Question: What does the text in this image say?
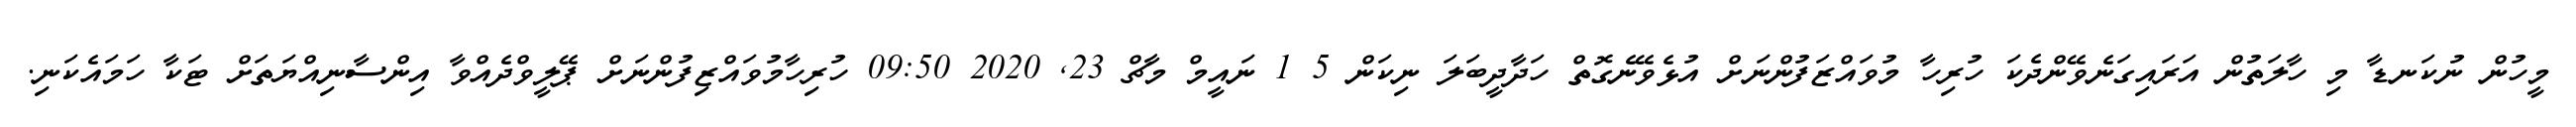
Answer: މީހުން ނުކަނޑާ މި ހާލަތުން އަރައިގަނެވޭންދެކަ ހުރިހާ މުވައްޒަފުންނަށް އުޅެވޭނެގޮތް ހަދާދީބަލަ ނިކަން 5 1 ނައީމް މާޗް 23, 2020 09:50 ހުރިހާމުވައްޒިފުންނަށް ޕޭލީވްދެއްވާ އިންސާނިއްޔަތަށް ޓަކާ ހަމައެކަނި.